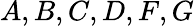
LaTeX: A,B,C,D,F,G